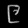
Digit: ၉